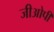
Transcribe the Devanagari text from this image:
जीओपी